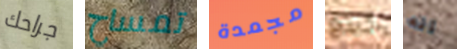
جراحك تمساح مجمدة كينغ انه